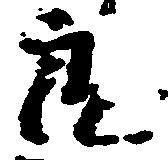
良